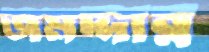
জমদ্দার